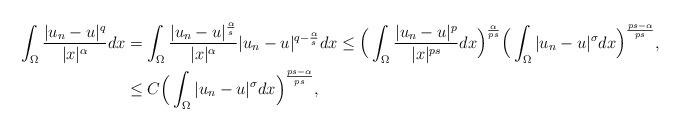
LaTeX: \begin{align*}\int_\Omega\frac{|u_n-u|^{q}}{|x|^{\alpha}}dx& = \int_\Omega\frac{|u_n-u|^{\frac{\alpha}{s}}}{|x|^{\alpha}}|u_n-u|^{q-\frac{\alpha}{s}}dx \leq\Big(\int_\Omega\frac{|u_n-u|^{p}}{|x|^{ps}}dx\Big)^{\frac{\alpha}{ps}}\Big(\int_\Omega |u_n-u|^{\sigma} dx\Big)^{\frac{ps-\alpha}{ps}}, \\& \leq C\Big(\int_\Omega |u_n-u|^{\sigma} dx\Big)^{\frac{ps-\alpha}{ps}},\end{align*}